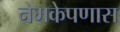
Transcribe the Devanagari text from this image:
नेमकेपणास